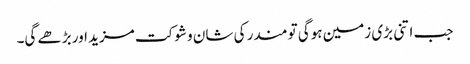
جب اتنی بڑی زمین ہوگی تو مندر کی شان و شوکت مزید اور بڑھے گی۔